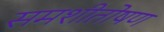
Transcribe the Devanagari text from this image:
समशीतोषण